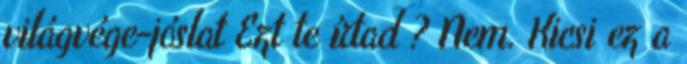
világvége-jóslat Ezt te írtad ? Nem. Kicsi ez a